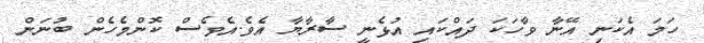
ހަމަ އެކަނި އޭނާ ވާހަކަ ދައްކައި އުޅެނީ ސާރާޔާ އެވެ.އެވެސް ކޮންމެހެން ބުނަން